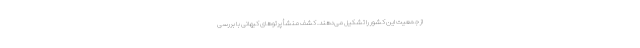
از جمعیت این کشور را تشکیل می‌دهند. کشف منشأ پرتوهای کیهانی با بررسی